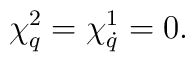
\chi^2_q=\chi^1_{\dot q}=0.